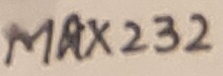
Text: MAX232